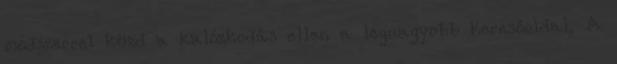
módszerrel küzd a kalózkodás ellen a legnagyobb keresőoldal. A